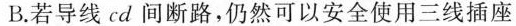
B.若导线cd间断路，仍然可以安全使用三线插座